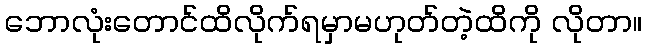
ဘောလုံးတောင်ထိလိုက်ရမှာမဟုတ်တဲ့ထိကို လိုတာ။